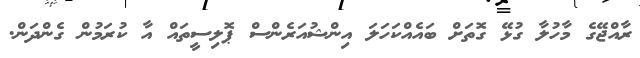
ރާއްޖޭގެ މާހުލާ ގުޅޭ ގޮތަށް ބައެއްކަހަލަ އިންޝުއަރެންސް ޕޮލިސީތައް އާ ކުރަމުން ގެންދަން.